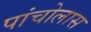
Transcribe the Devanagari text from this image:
पांचोलास